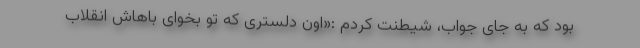
بود که به جای جواب، شیطنت کردم :«اون دلستری که تو بخوای باهاش انقلاب